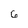
Character: 6